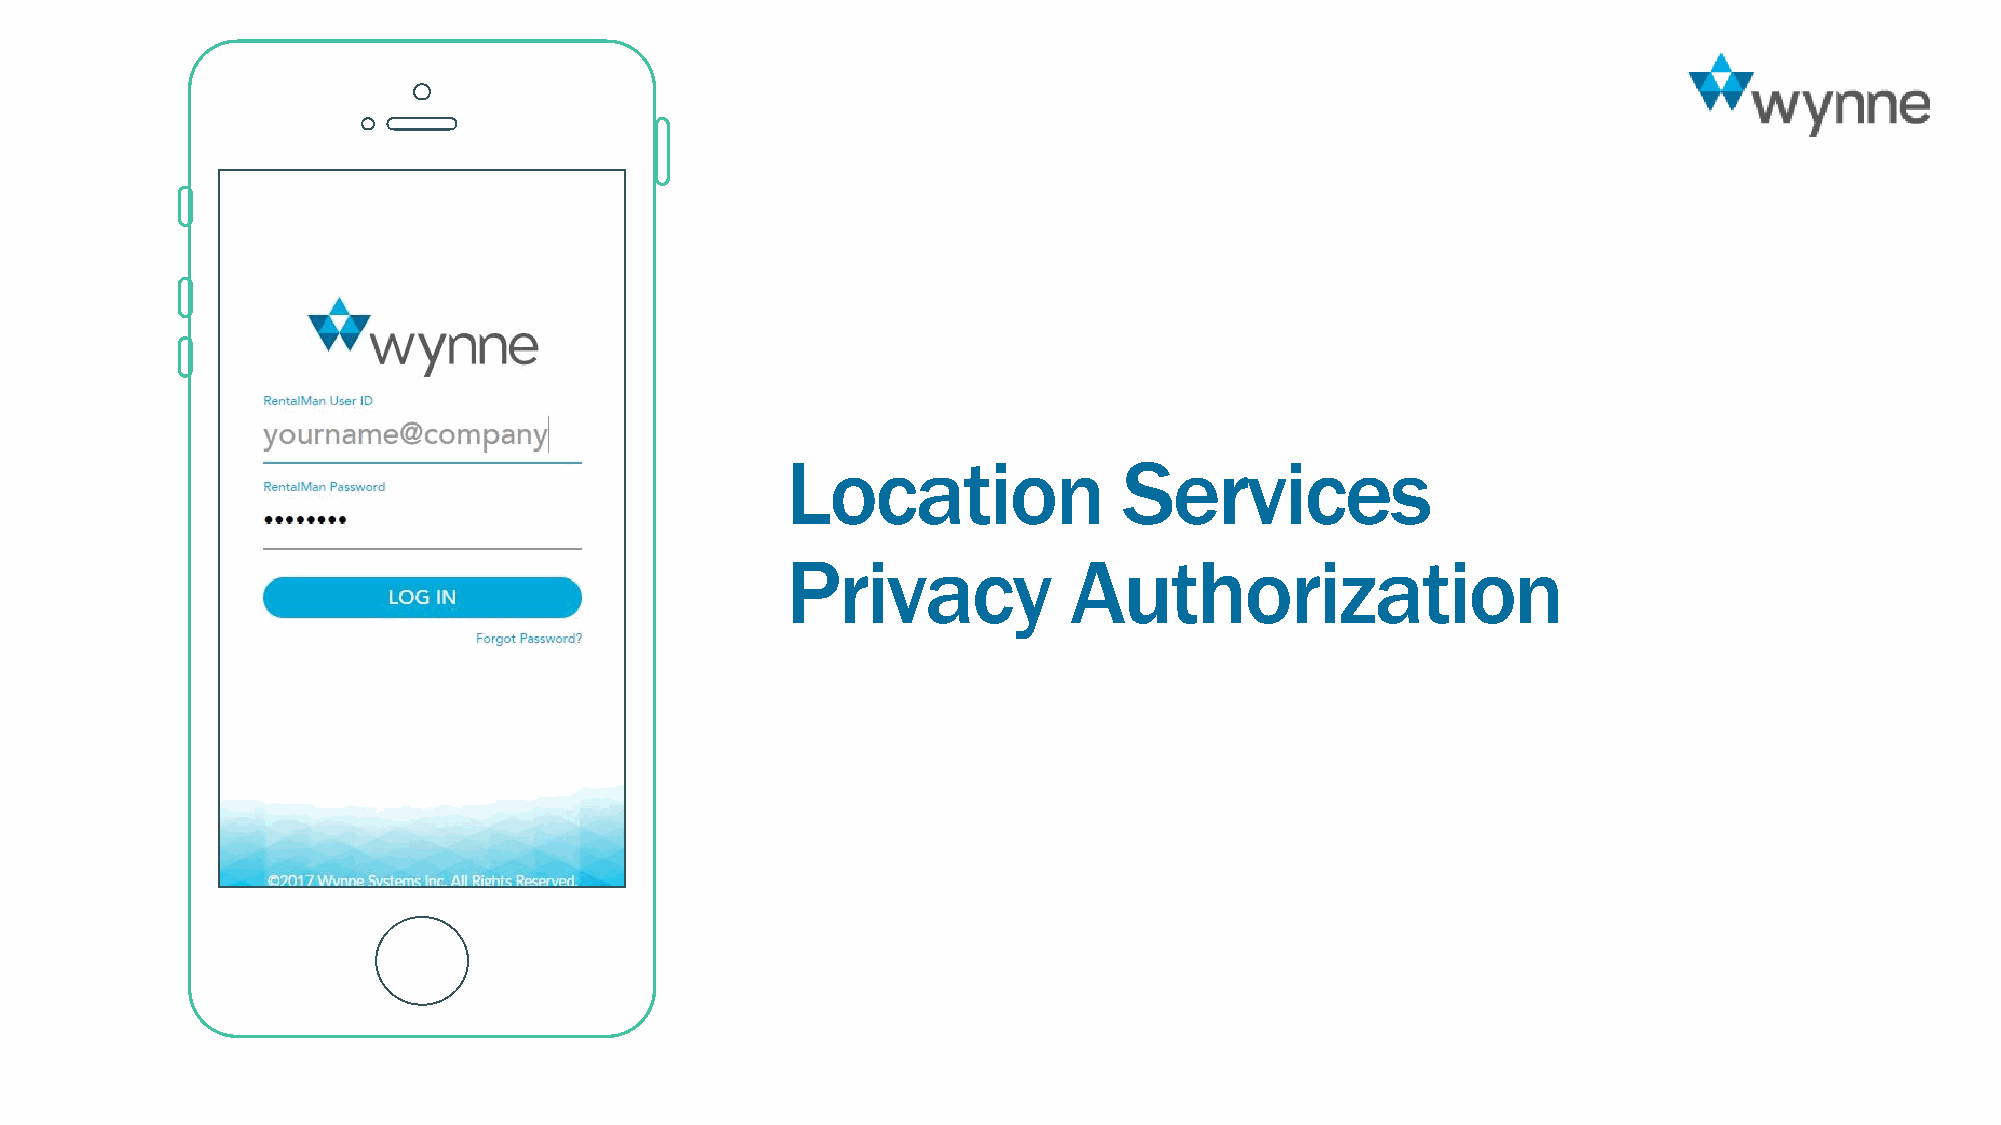
Location              Services
 Privacy            Authorization
 22